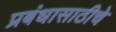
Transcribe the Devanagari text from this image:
प्रबंधासाठीचे